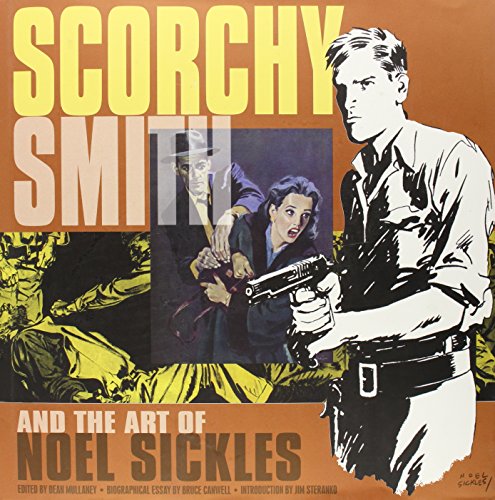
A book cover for Scorchy Smith And The Art Of Noel Sickles; Noel Sickles; Crafts, Hobbies & Home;